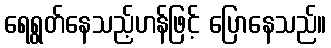
ရေရွတ်နေသည့်ဟန်ဖြင့် ပြောနေသည်။